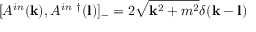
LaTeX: [ A ^ { i n } ( { \bf k } ) , A ^ { i n ~ \dagger } ( { \bf l } ) ] _ { - } = 2 \sqrt { { \bf k } ^ { 2 } + m ^ { 2 } } \delta ( { \bf k } - { \bf l } )